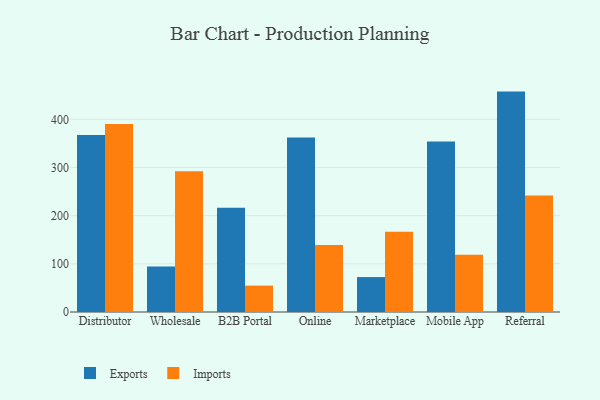
{"axis": {"x": "Channel", "y": "Page Views"}, "legend": ["Exports", "Imports"], "data": [{"x": "Distributor", "y": 367.6, "type": "Exports"}, {"x": "Distributor", "y": 390.5, "type": "Imports"}, {"x": "Wholesale", "y": 94.4, "type": "Exports"}, {"x": "Wholesale", "y": 292.1, "type": "Imports"}, {"x": "B2B Portal", "y": 216.4, "type": "Exports"}, {"x": "B2B Portal", "y": 54.8, "type": "Imports"}, {"x": "Online", "y": 362.3, "type": "Exports"}, {"x": "Online", "y": 139.0, "type": "Imports"}, {"x": "Marketplace", "y": 72.5, "type": "Exports"}, {"x": "Marketplace", "y": 166.5, "type": "Imports"}, {"x": "Mobile App", "y": 353.9, "type": "Exports"}, {"x": "Mobile App", "y": 119.0, "type": "Imports"}, {"x": "Referral", "y": 457.5, "type": "Exports"}, {"x": "Referral", "y": 241.8, "type": "Imports"}]}